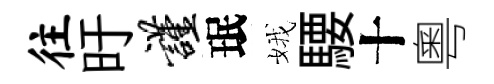
往旴谨珉娥騕十粵